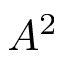
A ^ { 2 }